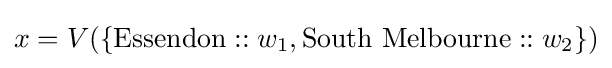
x=V(\{{\text{Essendon}}::w_{1},{\text{South Melbourne}}::w_{2}\})